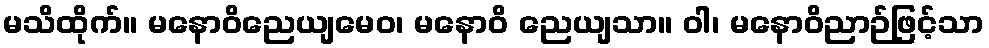
မသိထိုက်။ မနောဝိညေယျမေဝ၊ မနောဝိ ညေယျသာ။ ဝါ၊ မနောဝိညာဉ်ဖြင့်သာ